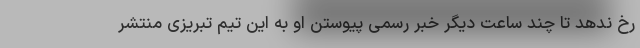
رخ ندهد تا چند ساعت دیگر خبر رسمی پیوستن او به این تیم تبریزی منتشر